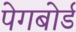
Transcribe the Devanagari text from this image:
पेगबोर्ड